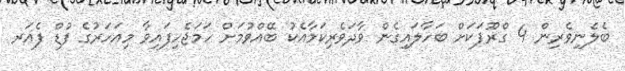
ބެލެނިވެރިން 4 ގްރޫޕަކަށް ބަހާލައިގެން ވާދަވެރިކަމާއެކު ބޭއްވުމަށް ހަމަޖެހިފައިވާ މިއަހަރުގެ ފުޑް ފެއަރ